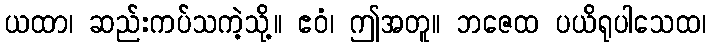
ယထာ၊ ဆည်းကပ်သကဲ့သို့။ ဧဝံ၊ ဤအတူ။ ဘဇေထ ပယိရုပါသေထ၊